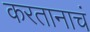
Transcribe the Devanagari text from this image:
करतानाचं